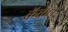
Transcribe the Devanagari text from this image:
क्रॅकेन